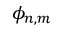
\phi _ { n , m }